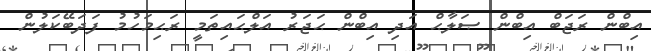
އިބްން ރަޖަބް އިބްން ޞަލާޙް އަދި އިބްން ޙަޖަރު އަލްޙައިތަމީ ރަޙިމަހުމު ފަދަބޭކަލުން